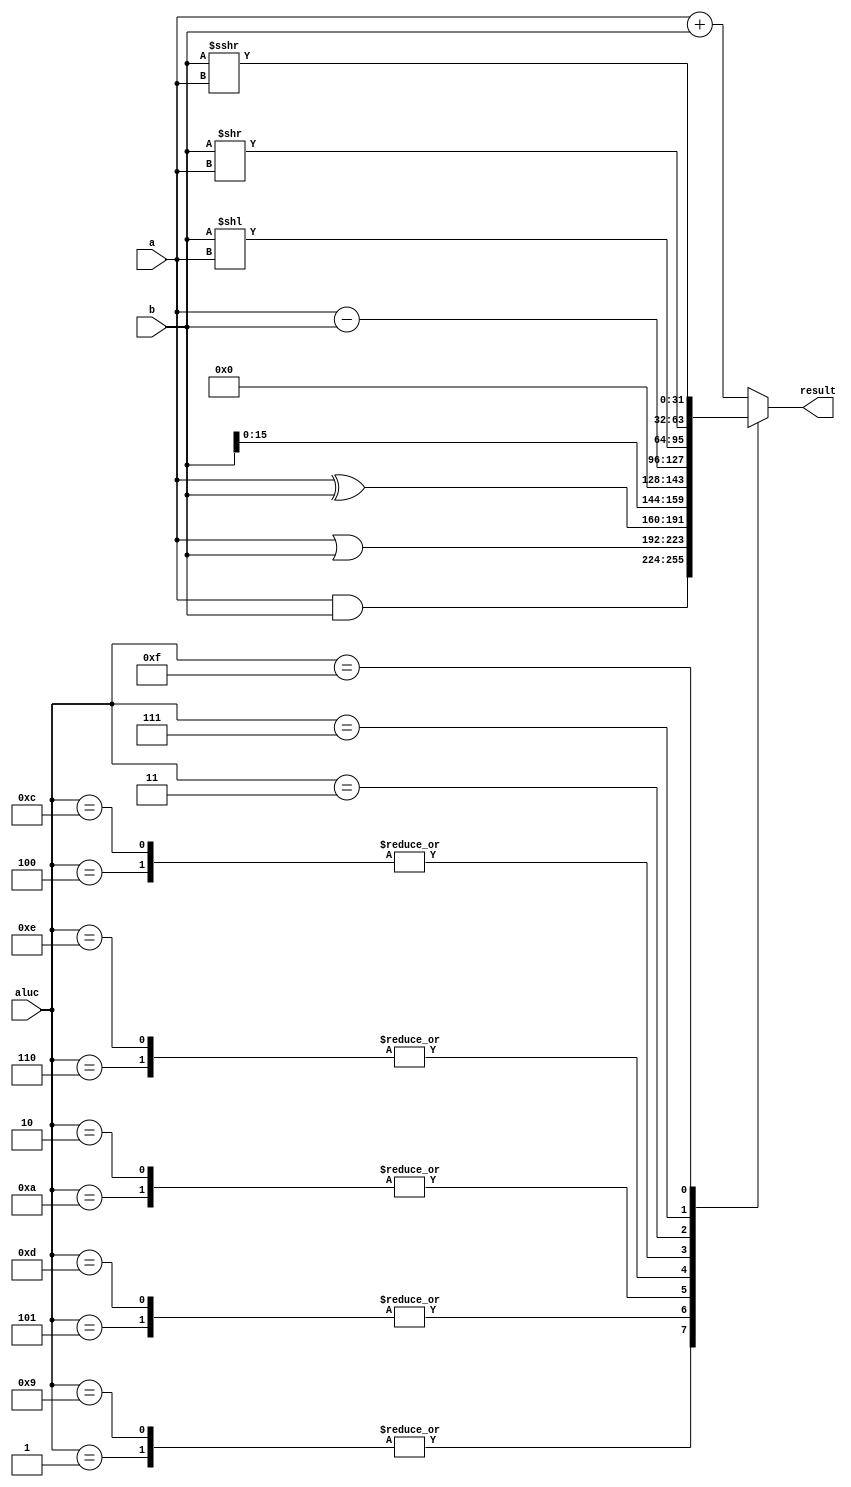
module alu(a, b, aluc, result);
input wire [31:0] a; //the first input number
input wire [31:0] b; //the second input number
input wire [3:0] aluc; //operation code from aluc module
output reg [31:0] result; //output
wire [31:0] addresult;
wire [31:0] subresult;
wire co1,co2; //of no use
assign addresult=a+b;
assign subresult=a-b;
//adder_32bits m0(a, b, 1'b0, addresult, co1); // full-adder (do add)
//adder_32bits m1(a, b, 1'b1, subresult, co2); // full-adder (do sub)
always @* begin
case(aluc)
4'b0001: begin result<=a & b; end //and
4'b1001: begin result<=a & b; end //and
4'b0101: begin result<=a|b; end //or
4'b1101: begin result<=a|b; end //or
4'b1010: begin result<=a^b; end //xor
4'b0010: begin result<=a^b; end //xor
4'b0110: begin result<=b<<16;end//lui
4'b1110: begin result<=b<<16;end//lui
4'b0000: begin result<=addresult; end //add
4'b1000: begin result<=addresult; end //add
4'b0100: begin result<=subresult; end //sub
4'b1100: begin result<=subresult; end //sub
4'b0011: begin result<=b<<a; end//sll
4'b0111: begin result<=b>>a; end//srl
4'b1111: begin result<=($signed(b))>>>a; end//sra
default: begin result<=addresult; end
//3'b111:begin result<=a<b?32'b1:32'b0; end //slt
endcase end
endmodule